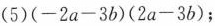
(5)$$( - 2 a - 3 b ) ( 2 a - 3 b )$$；